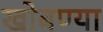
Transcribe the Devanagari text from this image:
खोबण्या